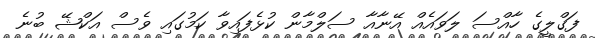
ފަގްލީގެ ހާއްސަ ލަވައެއް އޭނާއާ ސަލްމާން ކުޅެފައިވާ ކަމުގައި ވެސް އަކްޝޭ ބުނެ